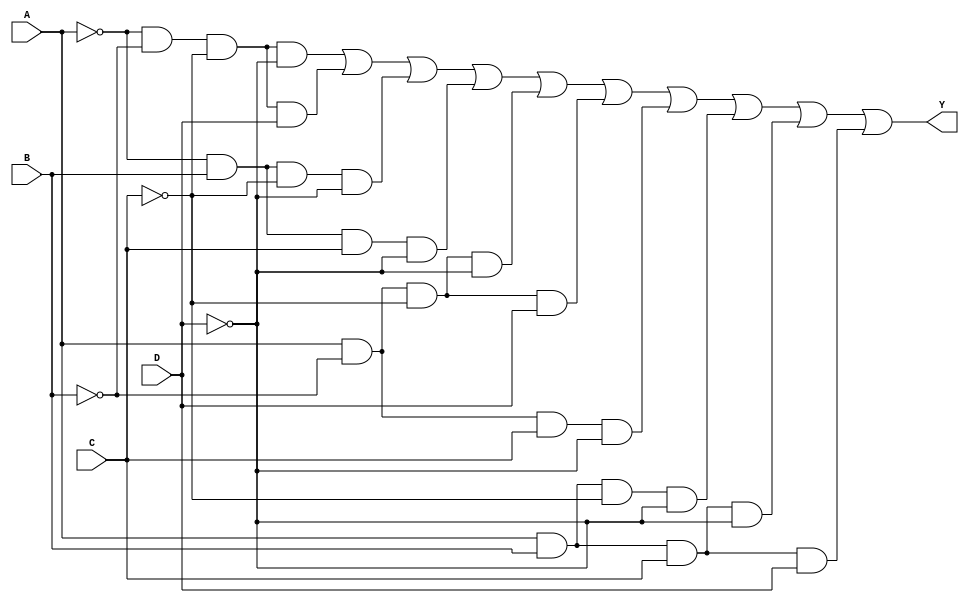
module four_variable_kmap (
    input wire A,  // Input variable A
    input wire B,  // Input variable B
    input wire C,  // Input variable C
    input wire D,  // Input variable D
    output wire Y  // Output of the K-map simplification
);

// Define the K-map based on the minterms
// The K-map is organized as follows:
// Row 0: AB = 00 -> CD = 00, 01, 11, 10
// Row 1: AB = 01 -> CD = 00, 01, 11, 10
// Row 2: AB = 11 -> CD = 00, 01, 11, 10
// Row 3: AB = 10 -> CD = 00, 01, 11, 10

// Minterm mapping based on the K-map
// Assuming the following minterms are '1':
// m0, m1, m2, m5, m6, m7, m8, m9, m10, m14 (example)
// You can modify the minterms based on your specific function

assign Y = (A == 0 && B == 0 && C == 0 && D == 0) || // m0
           (A == 0 && B == 0 && C == 0 && D == 1) || // m1
           (A == 0 && B == 1 && C == 0 && D == 0) || // m2
           (A == 0 && B == 1 && C == 1 && D == 0) || // m3
           (A == 1 && B == 0 && C == 0 && D == 0) || // m8
           (A == 1 && B == 0 && C == 0 && D == 1) || // m9
           (A == 1 && B == 0 && C == 1 && D == 0) || // m10
           (A == 1 && B == 1 && C == 0 && D == 0) || // m12
           (A == 1 && B == 1 && C == 1 && D == 0) || // m14
           (A == 1 && B == 1 && C == 1 && D == 1);   // m15

endmodule